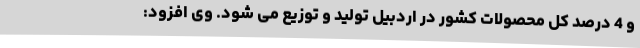
و 4 درصد کل محصولات کشور در اردبیل تولید و توزیع می شود. وی افزود: